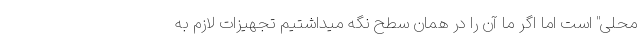
محلی" است اما اگر ما آن را در همان سطح نگه میداشتیم تجهیزات لازم به